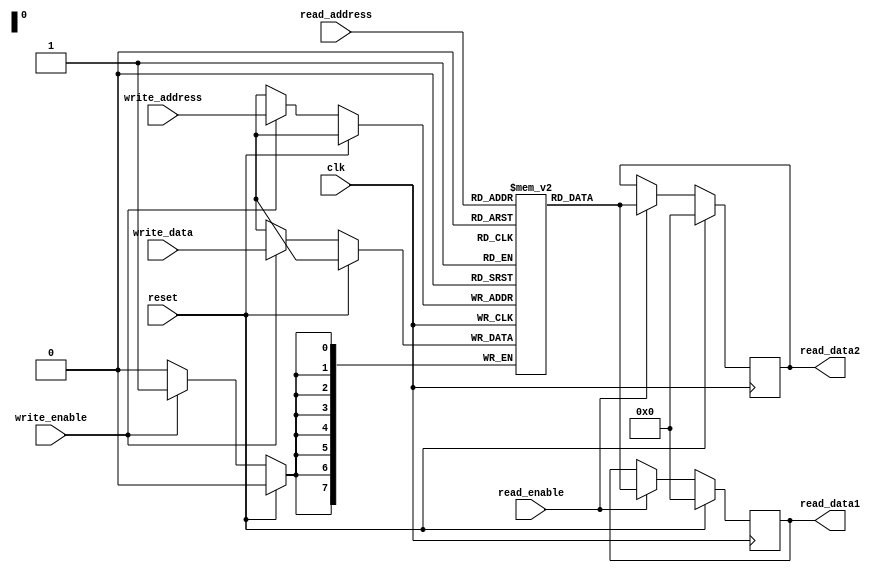
module dual_port_ram (
    input wire clk,
    input wire reset,
    input wire read_enable,
    input wire write_enable,
    input wire [7:0] read_address,
    input wire [7:0] write_address,
    input wire [7:0] write_data,
    output reg [7:0] read_data1,
    output reg [7:0] read_data2
);

reg [7:0] memory [0:255];

always @(posedge clk) begin
    if (reset) begin
        read_data1 <= 8'h00;
        read_data2 <= 8'h00;
    end else begin
        if (read_enable) begin
            read_data1 <= memory[read_address];
            read_data2 <= memory[read_address];
        end
        if (write_enable) begin
            memory[write_address] <= write_data;
        end
    end
end

endmodule